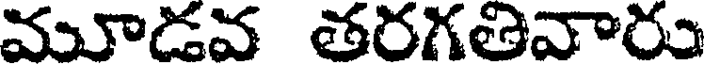
మూడవ తరగతివారు